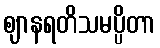
ဈာနရတိသမပ္ပိတာ